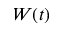
W ( t )